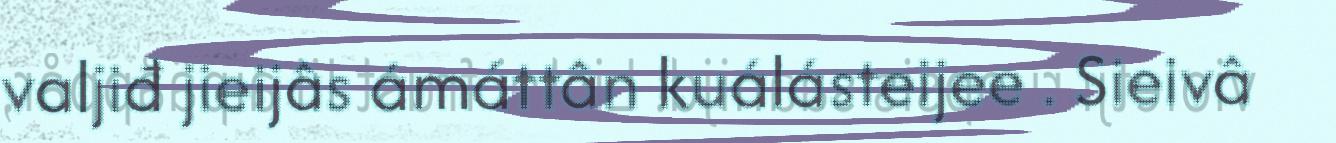
valjiđ jieijâs ámáttân kuálásteijee . Sieivâ